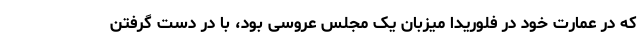
که در عمارت خود در فلوریدا میزبان یک مجلس عروسی بود، با در دست گرفتن